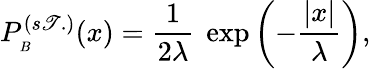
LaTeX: P_{_B}^{(s\mathscr{T}.)}(x)=\frac{{1}}{{2\lambda}}\ \exp{\left(-\frac{{|x|}}{{\lambda}}\right)},